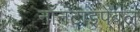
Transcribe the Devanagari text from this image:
नॉनटाइपेबल